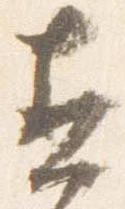
直